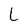
Character: L